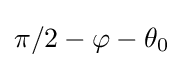
\pi /2-\varphi -\theta _{0}